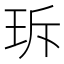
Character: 𤤐